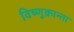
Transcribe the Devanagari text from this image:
विष्णुक्रान्ता